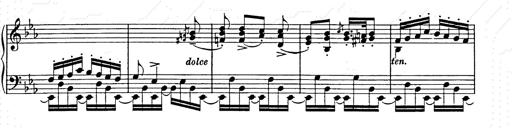
Title: Hungarian Rhapsody No.9
Composer: Franz Liszt
Key: E-flat major